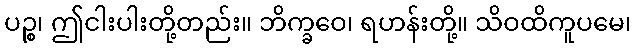
ပဉ္စ၊ ဤငါးပါးတို့တည်း။ ဘိက္ခဝေ၊ ရဟန်းတို့။ သိဝထိကူပမေ၊